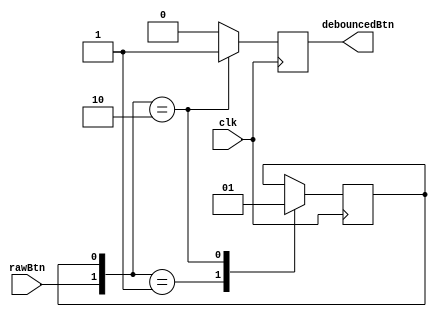
// This program was cloned from: https://github.com/tongplw/HW-Syn-Lab
// License: MIT License

`timescale 1ns / 1ns
//////////////////////////////////////////////////////////////////////////////////
// Company: 
// Engineer: 
// 
// Design Name: 
// Module Name: singlePulser
// Project Name: 
// Target Devices: 
// Tool Versions: 
// Description: 
// 
// Dependencies: 
// 
// Revision:
// Revision 0.01 - File Created
// Additional Comments:
// 
//////////////////////////////////////////////////////////////////////////////////


module singlePulser(
    output reg debouncedBtn,
    input rawBtn,
    input clk
    );

reg state;

initial state = 0;

always@(posedge clk)
begin
    debouncedBtn = 0;
    case({rawBtn, state})
//        2'b00,
        2'b01: state = 0;
        2'b10: 
            begin
                state = 1;
                debouncedBtn = 1;
            end
//        2'b11,
    endcase
end

    
endmodule